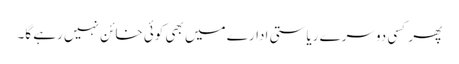
پھر کسی دوسرے ریاستی ادارے میں بھی کوئی خائن نہیں رہے گا۔